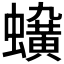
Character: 𧓛